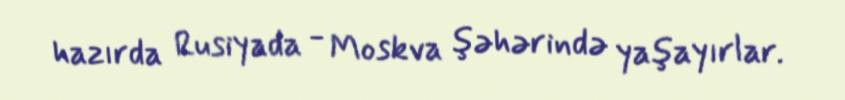
hazırda Rusiyada - Moskva şəhərində yaşayırlar.